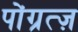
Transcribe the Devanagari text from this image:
पोंग्रत्ज़